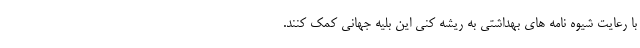
با رعایت شیوه نامه های بهداشتی به ریشه کنی این بلیه جهانی کمک کنند.